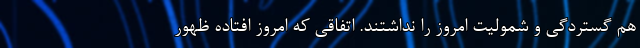
هم گستردگی و شمولیت امروز را نداشتند. اتفاقی که امروز افتاده ظهور